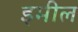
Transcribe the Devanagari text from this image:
इमील